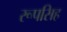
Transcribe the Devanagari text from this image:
रूपसिह